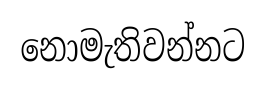
නොමැතිවන්නට